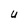
Character: U